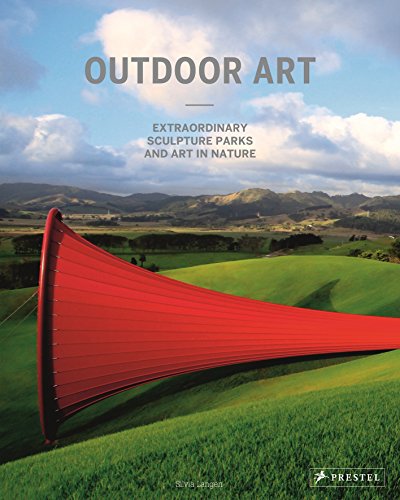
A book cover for Outdoor Art: Extraordinary Sculpture Parks and Art in Nature; Silvia Langen; Arts & Photography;